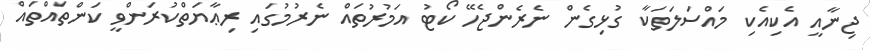
ޖިނާއީ އެކިއެކި މައްސަލަތަކާ ގުޅިގެން ނެރެންޖެހޭ ކޯޓު އަމުރުތައް ނެރުމުގައި ރިޢާޔަތްކުރަންވީ ކަންތައްތައް